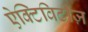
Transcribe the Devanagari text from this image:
ऐक्टिविटीज़